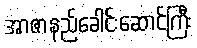
အာဇာနည်ခေါင်းဆောင်ကြီး